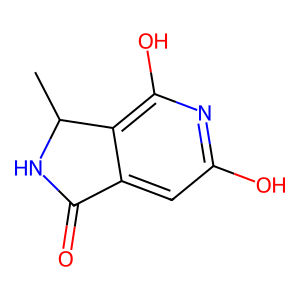
SMILES: CC1NC(=O)c2cc(O)nc(O)c21
Inhibits HIV replication: No